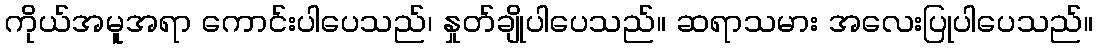
ကိုယ်အမူအရာ ကောင်းပါပေသည်၊ နှုတ်ချိုပါပေသည်။ ဆရာသမား အလေးပြုပါပေသည်။